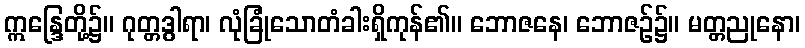
ဣန္ဒြေတို့၌။ ဂုတ္တဒွါရာ၊ လုံခြုံသောတံခါးရှိကုန်၏။ ဘောဇနေ၊ ဘောဇဉ်၌။ မတ္တညုနော၊